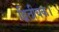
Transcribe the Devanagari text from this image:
द्वितीयक।